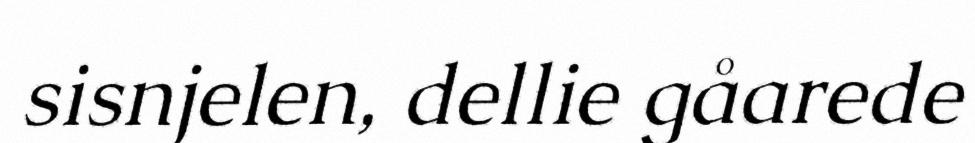
sisnjelen, dellie gåarede